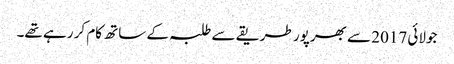
جولائی 2017 سے بھرپور طریقے سے طلبہ کے ساتھ کام کر رہے تھے۔